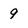
Character: 9